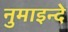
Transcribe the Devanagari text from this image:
नुमाइन्दे